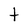
Character: t